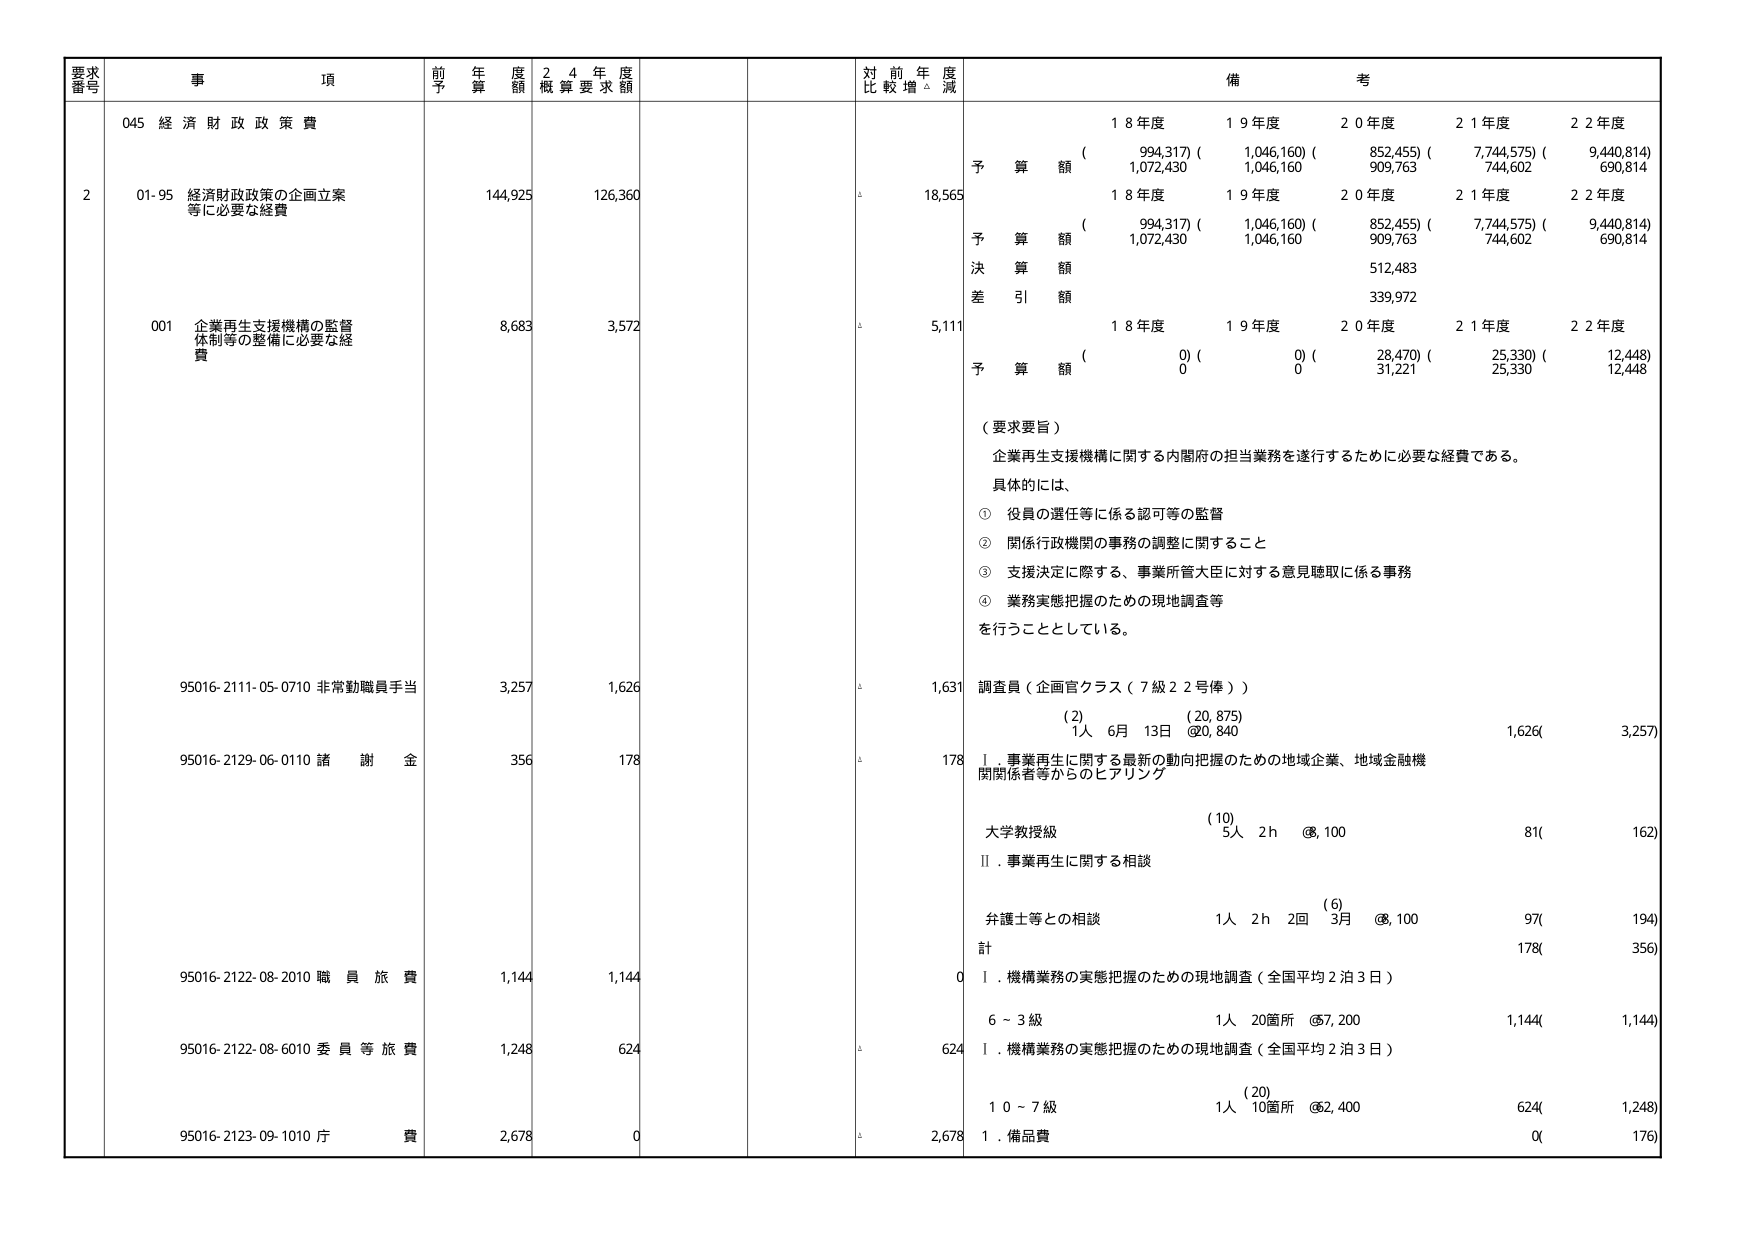
要求番号 事項 前年度予算額 24年度概算要求額 対前年度比較増減 備考
045 経済財政政策費
2 01-95 経済財政政策の企画立案等に必要な経費 144,925 126,360 18,565 予算額 ( 994,317) ( 1,046,160) ( 852,455) ( 7,744,575) ( 9,440,814) 1,072,430 1,046,160 909,763 744,602 690,814 18年度 19年度 20年度 21年度 22年度 予算額 ( 994,317) ( 1,046,160) ( 852,455) ( 7,744,575) ( 9,440,814) 1,072,430 1,046,160 909,763 744,602 690,814 決算額 512,483 差引額 339,972 001 企業再生支援機構の監督体制等の整備に必要な経費 8,683 3,572 5,111 予算額 ( 0) ( 0) ( 28,470) ( 25,330) ( 12,448) 0 0 31,221 25,330 12,448 18年度 19年度 20年度 21年度 22年度 （要求要旨） 企業再生支援機構に関する内閣府の担当業務を遂行するために必要な経費である。 具体的には、 ① 役員の選任等に係る認可等の監督 ② 関係行政機関の事務の調整に関すること ③ 支援決定に際する、事業所管大臣に対する意見聴取に係る事務 ④ 業務実態把握のための現地調査等 を行うこととしている。 95016-2111-05-0710 非常勤職員手当 3,257 1,626 1,631 調査員（企画官クラス（7級22号俸）） (2) (20,875) 1人 6月 13日 @20,840 1,626( 3,257) 95016-2129-06-0110 諸謝金 356 178 178 Ⅰ．事業再生に関する最新の動向把握のための地域企業、地域金融機関関係者等からのヒアリング (10) 大学教授級 5人 2h @8,100 81( 162) Ⅱ．事業再生に関する相談 (6) 弁護士等との相談 1人 2h 2回 3月 @8,100 97( 194) 計 178( 356) 95016-2122-08-2010 職員旅費 1,144 1,144 0 Ⅰ．機構業務の実態把握のための現地調査（全国平均2泊3日） 6～3級 1人 20箇所 @7,200 1,144( 1,144) 95016-2122-08-6010 委員等旅費 1,248 624 624 Ⅰ．機構業務の実態把握のための現地調査（全国平均2泊3日） (20) 10～7級 1人 10箇所 @62,400 624( 1,248) 95016-2123-09-1010 庁費 2,678 0 2,678 Ⅰ．備品費 0( 176)